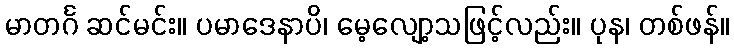
မာတင်္ဂ ဆင်မင်း။ ပမာဒေနာပိ၊ မေ့လျော့သဖြင့်လည်း။ ပုန၊ တစ်ဖန်။